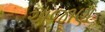
અજાણ